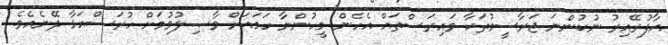
އާފުރޭއިރު ނުކުންނަ ޖަރާސީމުތަކާ ވައިރަސްތައް އެހެން މީހުންނާ ހަމައަށް ވާޞިލުވުމަށް ހުރަސްއަޅާ ދޭނެއެވެ.